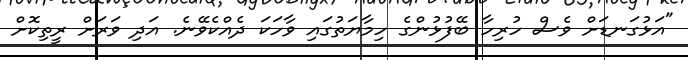
"އަޅުގަނޑަށް ވެސް ހުރިހާ ބޭފުޅުންގެ ހިމާޔަތުގައި ވާހަކަ ދެއްކެވޭނެ. އަދި ވަރަށް ރީތިކޮށް